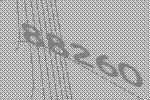
88260